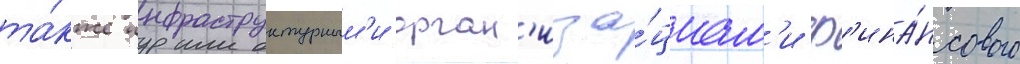
та́кже инфраструктурным'и орган'иза́циам'и ф'ина́нсового